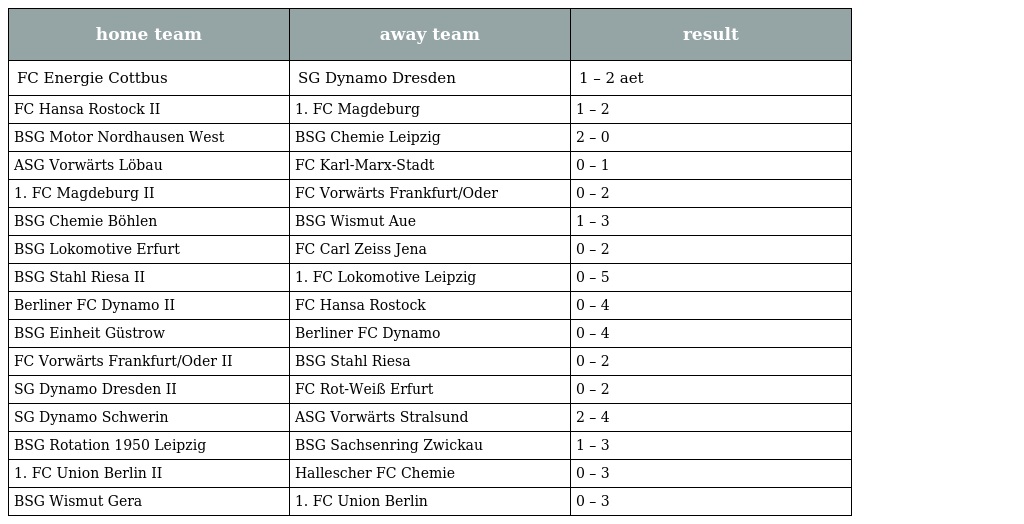
| home team | away team | result |
 | --- | --- | --- |
 | FC Energie Cottbus | SG Dynamo Dresden | 1 – 2 aet |
 | FC Hansa Rostock II | 1. FC Magdeburg | 1 – 2 |
 | BSG Motor Nordhausen West | BSG Chemie Leipzig | 2 – 0 |
 | ASG Vorwärts Löbau | FC Karl-Marx-Stadt | 0 – 1 |
 | 1. FC Magdeburg II | FC Vorwärts Frankfurt/Oder | 0 – 2 |
 | BSG Chemie Böhlen | BSG Wismut Aue | 1 – 3 |
 | BSG Lokomotive Erfurt | FC Carl Zeiss Jena | 0 – 2 |
 | BSG Stahl Riesa II | 1. FC Lokomotive Leipzig | 0 – 5 |
 | Berliner FC Dynamo II | FC Hansa Rostock | 0 – 4 |
 | BSG Einheit Güstrow | Berliner FC Dynamo | 0 – 4 |
 | FC Vorwärts Frankfurt/Oder II | BSG Stahl Riesa | 0 – 2 |
 | SG Dynamo Dresden II | FC Rot-Weiß Erfurt | 0 – 2 |
 | SG Dynamo Schwerin | ASG Vorwärts Stralsund | 2 – 4 |
 | BSG Rotation 1950 Leipzig | BSG Sachsenring Zwickau | 1 – 3 |
 | 1. FC Union Berlin II | Hallescher FC Chemie | 0 – 3 |
 | BSG Wismut Gera | 1. FC Union Berlin | 0 – 3 |